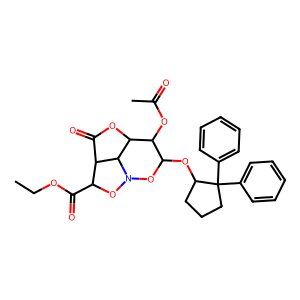
SMILES: CCOC(=O)C1ON2OC(OC3CCCC3(c3ccccc3)c3ccccc3)C(OC(C)=O)C3OC(=O)C1C32
Inhibits HIV replication: No